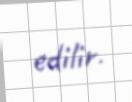
edilir.